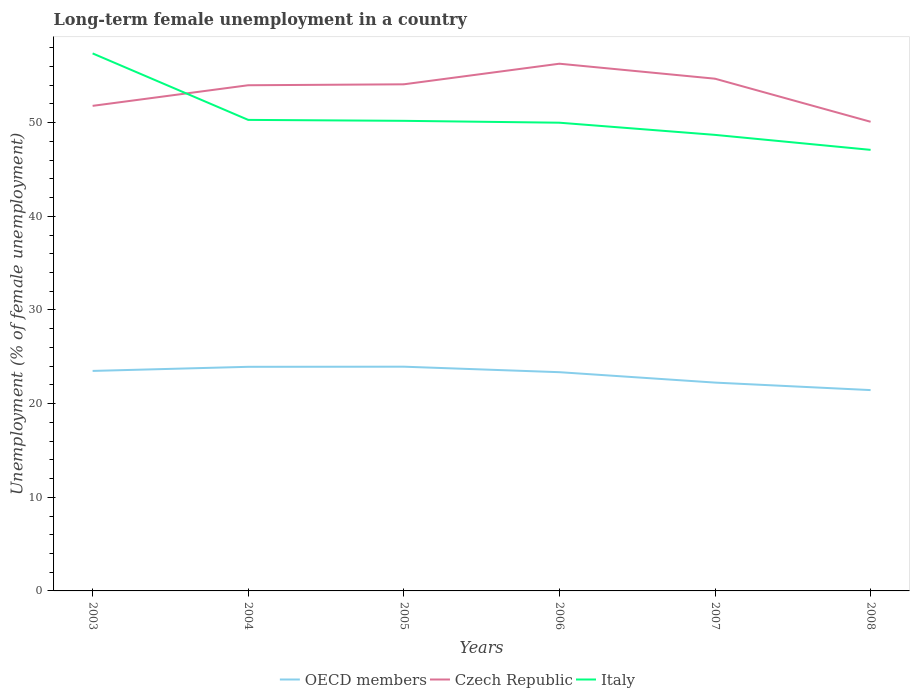
| Years | OECD members | Czech Republic | Italy |
 | --- | --- | --- | --- |
 | 2003 | 23.5 | 51.8 | 57.4 |
 | 2004 | 23.9 | 54 | 50.3 |
 | 2005 | 23.9 | 54.1 | 50.2 |
 | 2006 | 23.4 | 56.3 | 50 |
 | 2007 | 22.2 | 54.7 | 48.7 |
 | 2008 | 21.4 | 50.1 | 47.1 |